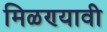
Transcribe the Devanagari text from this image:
मिळण्यावी